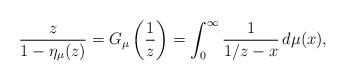
LaTeX: \begin{align*} \frac{z}{1-\eta_\mu(z)}=G_\mu\left(\frac{1}{z}\right)= \int_0^\infty \frac{1}{1/z-x}\,d\mu(x),\end{align*}